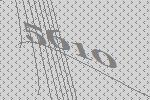
5610